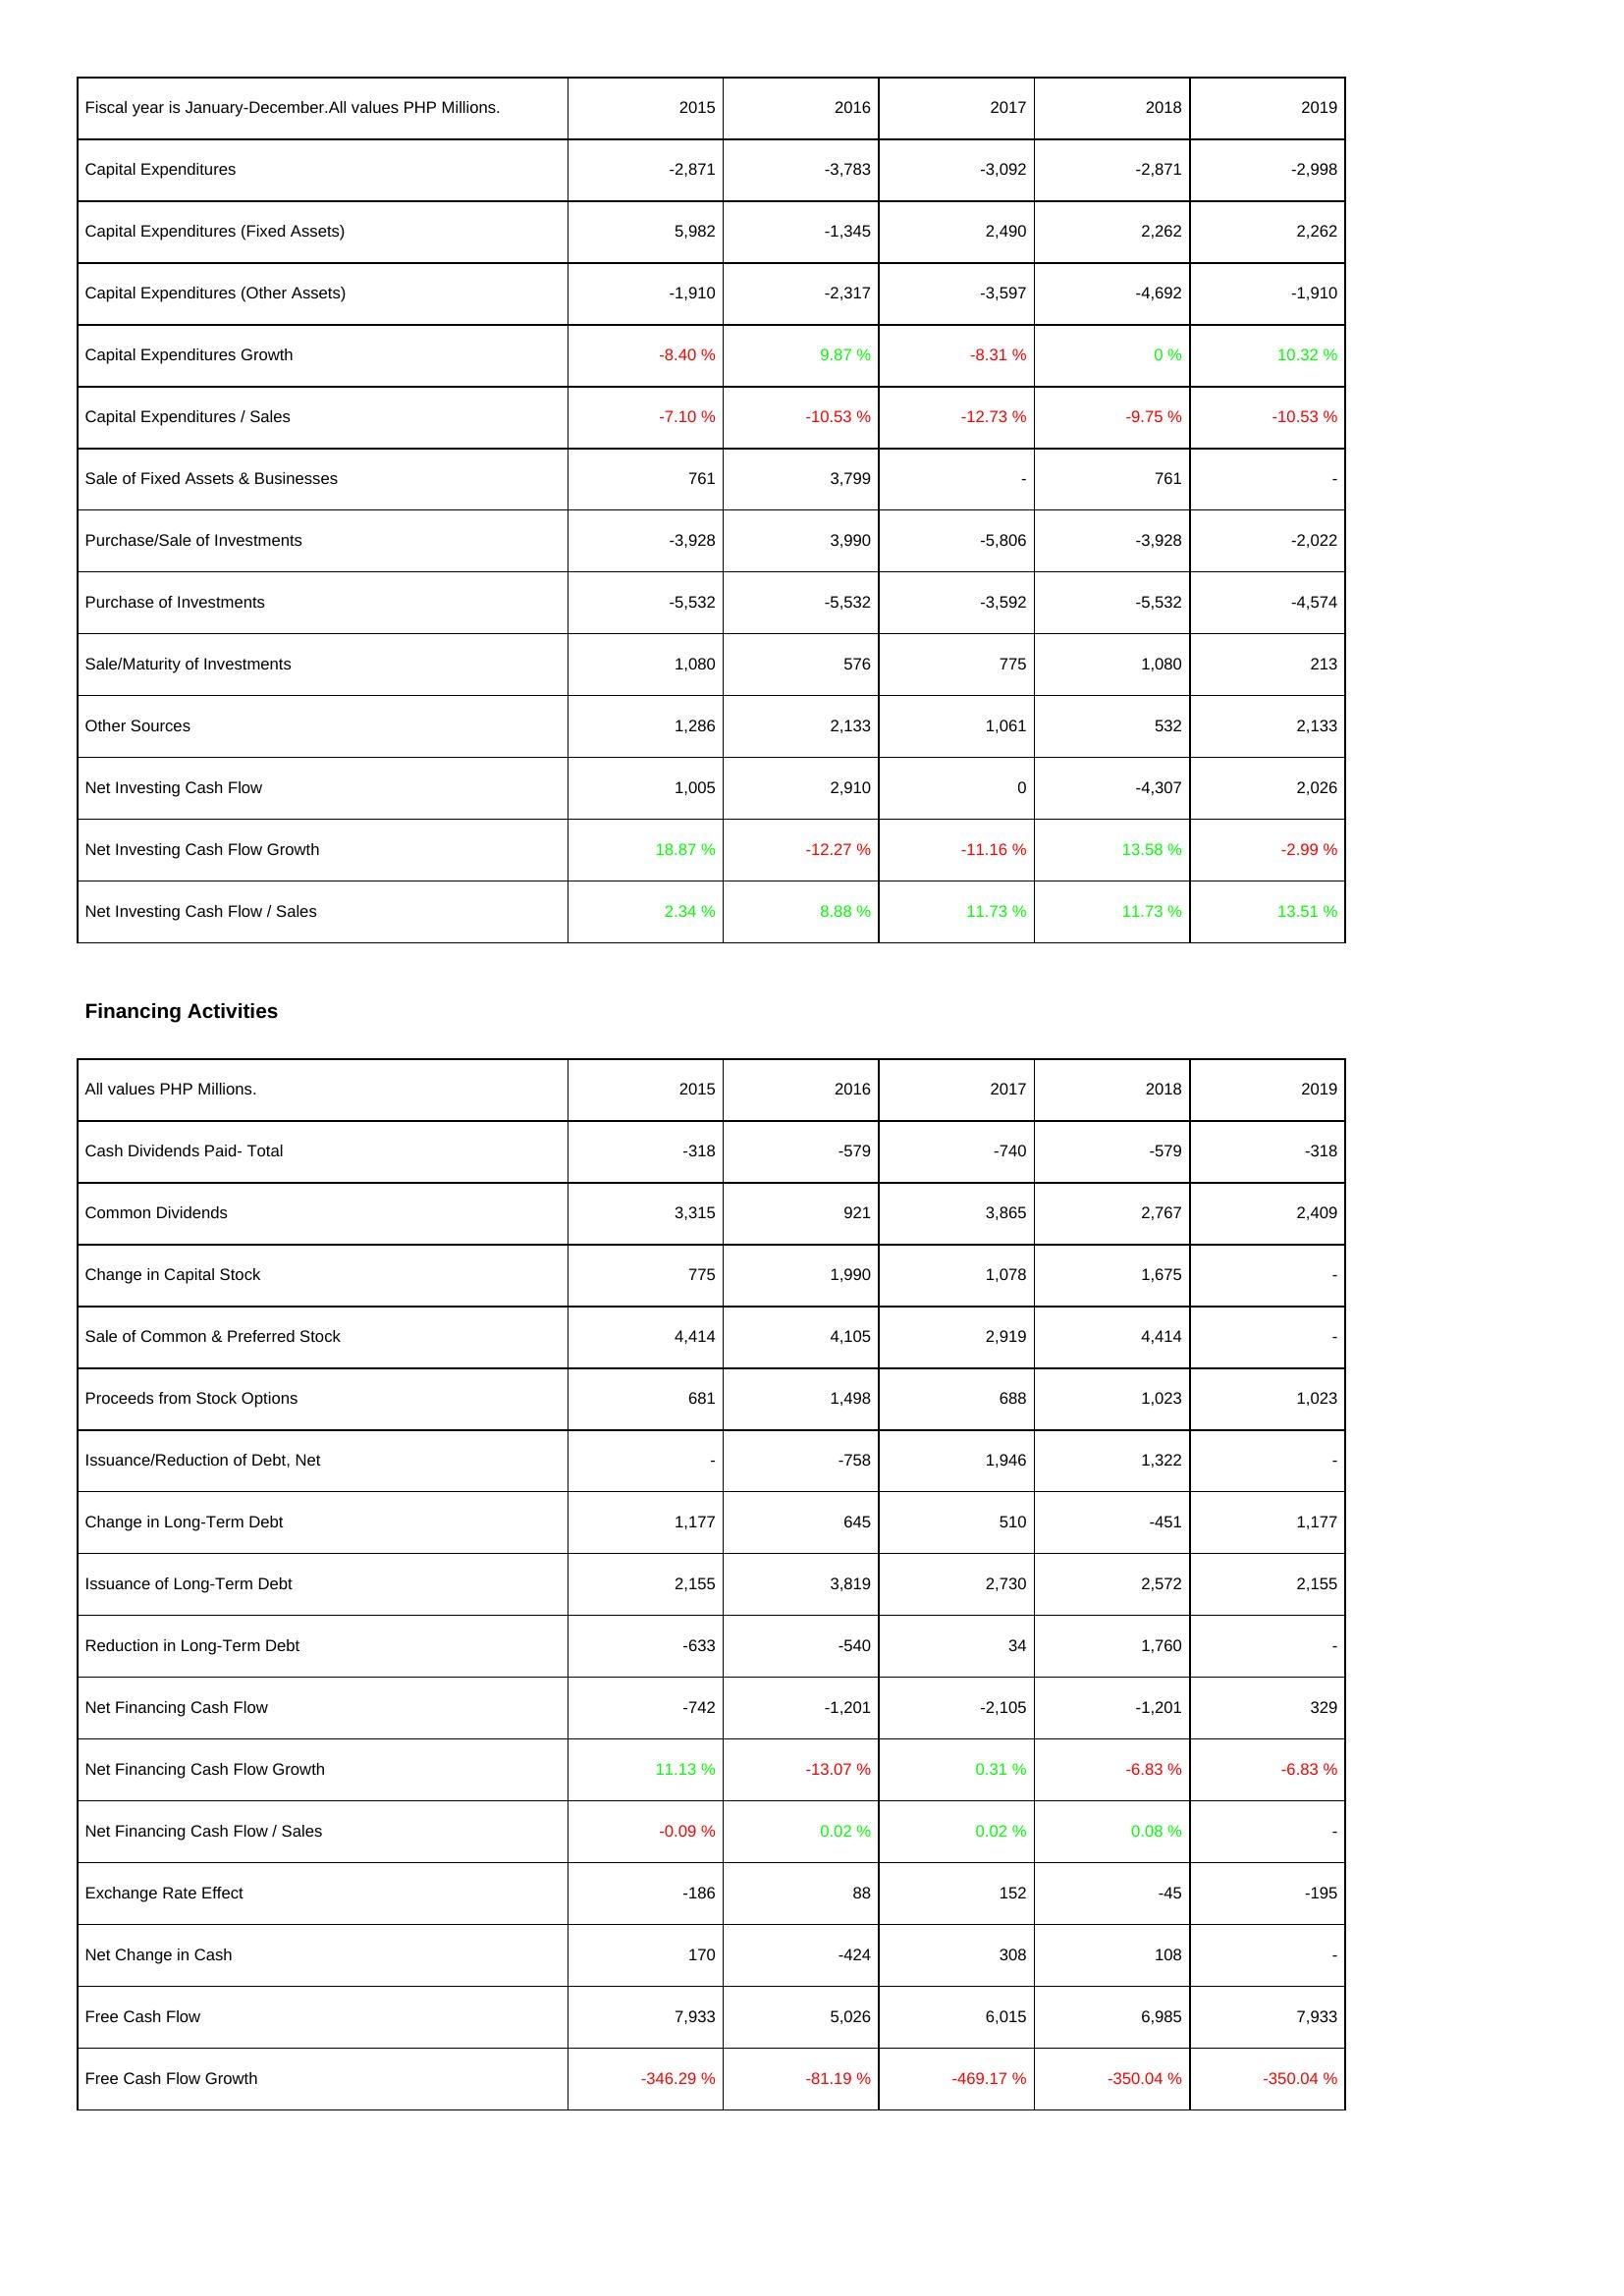
2015: Investing Activities: Capital Expenditures: -2,871
Capital Expenditures (Fixed Assets): 5,982
Capital Expenditures (Other Assets): -1,910
Capital Expenditures Growth: -8.40 %
Capital Expenditures / Sales: -7.10 %
Sale of Fixed Assets & Businesses: 761
Purchase/Sale of Investments: -3,928
Purchase of Investments: -5,532
Sale/Maturity of Investments: 1,080
Other Sources: 1,286
Net Investing Cash Flow: 1,005
Net Investing Cash Flow Growth: 18.87 %
Net Investing Cash Flow / Sales: 2.34 %
Financing Activities: Cash Dividends Paid- Total: -318
Common Dividends: 3,315
Change in Capital Stock: 775
Sale of Common & Preferred Stock: 4,414
Proceeds from Stock Options: 681
Issuance/Reduction of Debt, Net: -
Change in Long-Term Debt: 1,177
Issuance of Long-Term Debt: 2,155
Reduction in Long-Term Debt: -633
Net Financing Cash Flow: -742
Net Financing Cash Flow Growth: 11.13 %
Net Financing Cash Flow / Sales: -0.09 %
Exchange Rate Effect: -186
Net Change in Cash: 170
Free Cash Flow: 7,933
Free Cash Flow Growth: -346.29 %
2016: Investing Activities: Capital Expenditures: -3,783
Capital Expenditures (Fixed Assets): -1,345
Capital Expenditures (Other Assets): -2,317
Capital Expenditures Growth: 9.87 %
Capital Expenditures / Sales: -10.53 %
Sale of Fixed Assets & Businesses: 3,799
Purchase/Sale of Investments: 3,990
Purchase of Investments: -5,532
Sale/Maturity of Investments: 576
Other Sources: 2,133
Net Investing Cash Flow: 2,910
Net Investing Cash Flow Growth: -12.27 %
Net Investing Cash Flow / Sales: 8.88 %
Financing Activities: Cash Dividends Paid- Total: -579
Common Dividends: 921
Change in Capital Stock: 1,990
Sale of Common & Preferred Stock: 4,105
Proceeds from Stock Options: 1,498
Issuance/Reduction of Debt, Net: -758
Change in Long-Term Debt: 645
Issuance of Long-Term Debt: 3,819
Reduction in Long-Term Debt: -540
Net Financing Cash Flow: -1,201
Net Financing Cash Flow Growth: -13.07 %
Net Financing Cash Flow / Sales: 0.02 %
Exchange Rate Effect: 88
Net Change in Cash: -424
Free Cash Flow: 5,026
Free Cash Flow Growth: -81.19 %
2017: Investing Activities: Capital Expenditures: -3,092
Capital Expenditures (Fixed Assets): 2,490
Capital Expenditures (Other Assets): -3,597
Capital Expenditures Growth: -8.31 %
Capital Expenditures / Sales: -12.73 %
Sale of Fixed Assets & Businesses: -
Purchase/Sale of Investments: -5,806
Purchase of Investments: -3,592
Sale/Maturity of Investments: 775
Other Sources: 1,061
Net Investing Cash Flow: 0
Net Investing Cash Flow Growth: -11.16 %
Net Investing Cash Flow / Sales: 11.73 %
Financing Activities: Cash Dividends Paid- Total: -740
Common Dividends: 3,865
Change in Capital Stock: 1,078
Sale of Common & Preferred Stock: 2,919
Proceeds from Stock Options: 688
Issuance/Reduction of Debt, Net: 1,946
Change in Long-Term Debt: 510
Issuance of Long-Term Debt: 2,730
Reduction in Long-Term Debt: 34
Net Financing Cash Flow: -2,105
Net Financing Cash Flow Growth: 0.31 %
Net Financing Cash Flow / Sales: 0.02 %
Exchange Rate Effect: 152
Net Change in Cash: 308
Free Cash Flow: 6,015
Free Cash Flow Growth: -469.17 %
2018: Investing Activities: Capital Expenditures: -2,871
Capital Expenditures (Fixed Assets): 2,262
Capital Expenditures (Other Assets): -4,692
Capital Expenditures Growth: 0 %
Capital Expenditures / Sales: -9.75 %
Sale of Fixed Assets & Businesses: 761
Purchase/Sale of Investments: -3,928
Purchase of Investments: -5,532
Sale/Maturity of Investments: 1,080
Other Sources: 532
Net Investing Cash Flow: -4,307
Net Investing Cash Flow Growth: 13.58 %
Net Investing Cash Flow / Sales: 11.73 %
Financing Activities: Cash Dividends Paid- Total: -579
Common Dividends: 2,767
Change in Capital Stock: 1,675
Sale of Common & Preferred Stock: 4,414
Proceeds from Stock Options: 1,023
Issuance/Reduction of Debt, Net: 1,322
Change in Long-Term Debt: -451
Issuance of Long-Term Debt: 2,572
Reduction in Long-Term Debt: 1,760
Net Financing Cash Flow: -1,201
Net Financing Cash Flow Growth: -6.83 %
Net Financing Cash Flow / Sales: 0.08 %
Exchange Rate Effect: -45
Net Change in Cash: 108
Free Cash Flow: 6,985
Free Cash Flow Growth: -350.04 %
2019: Investing Activities: Capital Expenditures: -2,998
Capital Expenditures (Fixed Assets): 2,262
Capital Expenditures (Other Assets): -1,910
Capital Expenditures Growth: 10.32 %
Capital Expenditures / Sales: -10.53 %
Sale of Fixed Assets & Businesses: -
Purchase/Sale of Investments: -2,022
Purchase of Investments: -4,574
Sale/Maturity of Investments: 213
Other Sources: 2,133
Net Investing Cash Flow: 2,026
Net Investing Cash Flow Growth: -2.99 %
Net Investing Cash Flow / Sales: 13.51 %
Financing Activities: Cash Dividends Paid- Total: -318
Common Dividends: 2,409
Change in Capital Stock: -
Sale of Common & Preferred Stock: -
Proceeds from Stock Options: 1,023
Issuance/Reduction of Debt, Net: -
Change in Long-Term Debt: 1,177
Issuance of Long-Term Debt: 2,155
Reduction in Long-Term Debt: -
Net Financing Cash Flow: 329
Net Financing Cash Flow Growth: -6.83 %
Net Financing Cash Flow / Sales: -
Exchange Rate Effect: -195
Net Change in Cash: -
Free Cash Flow: 7,933
Free Cash Flow Growth: -350.04 %